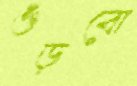
গুঁড়বো